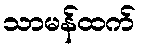
သာမန်ထက်